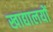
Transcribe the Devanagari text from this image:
खाद्यालयों